Report of the Municipal Commissioner on the plague in Bombay for the year ending 31st May... - Volume 1
Disease focus: Plague
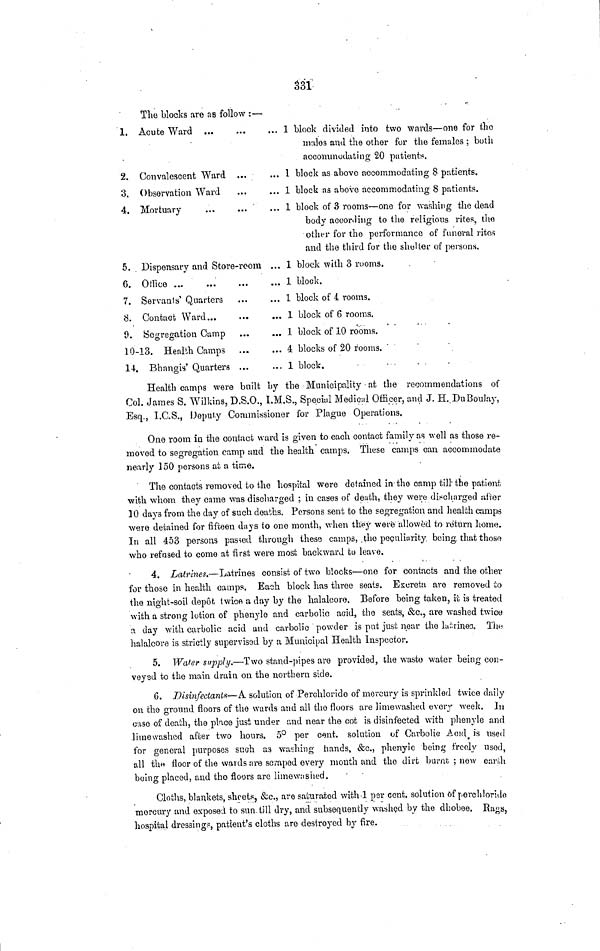
331
The blocks are as follow :—
1. Acute Ward ...
...
... 1 block divided into two wards—one for the
nuiles and the other for the females ; both
accommodating 20 patients.
2. Convalescent Ward ...
... 1 block as above accommodating 8 patients.
3. Observation Ward
1 block as above accommodating 8 patients.
4. Mortuary
...
...
... 1 block of 3 rooms—one for washing the dead
body according to the religions rites, the
other for the performance of funeral rites
and the third for the sholter of persons.
5. Dispensary and Store-room ... 1 block with 3 rooms.
6. Office
1 block.
7. Servants'Quarters
1 block of 4 rooms.
S. Contact Ward
... 1 block of 6 rooms.
9. Segregation Camp ...
... 1 block of 10 rooms.
10-13. Health Camps
4 blocks of 20 rooms.
14. Bhangis' Quarters
1 block.
Health camps were built by the Municipality at the recommendations of
Col. James S. Willdns, D.S.O., I.M.8., Special Medical Officer, and J. H..DuBoulay,
Esq., I.C.S., Uepuiy Commissioner for Plague Operations.
One room in the contact ward is given to each contact family as well as those re-
moved to segregation camp uud the health camps. These camps can accommodate
nearly 150 persons at a time.
The contacts removed to the hospital were detained in- the camp till- the patient
with whom they came was discharged ; in cases of death, they were discharged after
10 days from the day of such deaths. Persons sent to the segregation and health camps
were detained for fifteen days to one month, when thpy were allowed to return home.
In all 453 persons passed through these camps, the peculiarity being, that thoso
who refnsed to come at first were most backward to leave.
4. Latrines.—Latrines consist of two blocks—one for contacts and the other
for those in health camps. Each block has three seats. Excreta are removed to
the night-soil depot twice a day by the halalcore. Before being taken, it is treated
with a strong lotion of phenyle and carbolic acid, the seats, &c., are washed twice
a day with carbolic acid and carbolic powder is put just near the latrines. The
halalcore is strictly supervised by a Municipal Health Inspector.
5. Wafer supply.—Two stand-pipes are provided, the waste water being con-
veysd to the main drain on the northern side.
6. Disinfectants—A solution of Perchloride of mei'cury is sprinkled twice daily
on the ground floors of the wards and all the floors are limewashed every week. In
case of death, the place just under and near the cot is disinfected with phenyle and
limewashed after two hours. 5° per cent, solution of Carbolic Aoid is used
for general purposes such as washing hands, &c., phenyie being freely used,
all thn floor of the wards are scraped every month and the dirt burnt ; new earth
boing placed, and the floors are limewashed.
Cloths, blankets, sheets, £c., are saturated with 1 per cent, solution of perchloride
mercury and exposed to sun. till dry, and subsequently washed by the dhobee. Ra"s,
hospital dressings, patient's cloths are destroyed by fire.